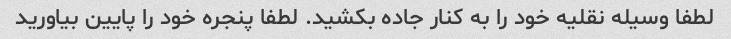
لطفا وسیله نقلیه خود را به کنار جاده بکشید. لطفا پنجره خود را پایین بیاورید